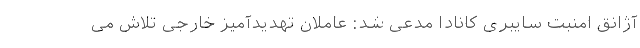
آژانق امنبت سایبری کانادا مدعی شد: عاملان تهدیدآمیز خارجی تلاش می